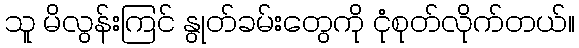
သူ မိလွန်းကြင် နွုတ်ခမ်းတွေကို ငုံစုတ်လိုက်တယ်။